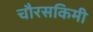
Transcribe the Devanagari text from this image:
चौरसकिमी